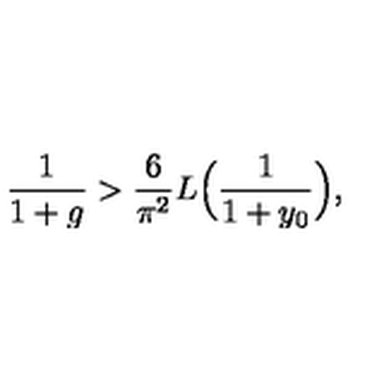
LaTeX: \frac { 1 } { 1 + g } > \frac { 6 } { \pi ^ { 2 } } L \Bigl ( \frac { 1 } { 1 + y _ { 0 } } \Bigr ) ,